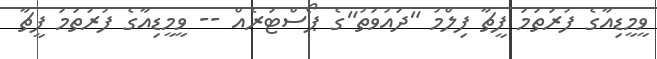
ވީމީޑިއާގެ ފުރަތަމަ ފީޗާ ފިލްމު "ދައުވަތު"ގެ ޕޯސްޓަރެއް -- ވީމީޑިއާގެ ފުރަތަމަ ފީޗާ